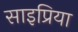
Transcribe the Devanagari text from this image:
साइप्रिया